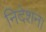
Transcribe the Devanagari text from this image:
निदेशन।